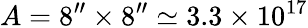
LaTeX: A=8^{\prime\prime}\times 8^{\prime\prime}\simeq 3.3\times 10^{17}